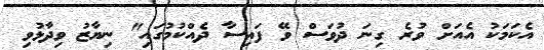
އެކަމަކު އެއަށް ވުރެ ގިނަ ދުވަސް ވޭ ފައިސާ ދެއްކުމުގައި" ނިޔާޒު ވިދާޅުވި